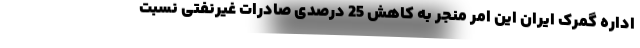
اداره گمرک ایران این امر منجر به کاهش 25 درصدی صادرات غیرنفتی نسبت